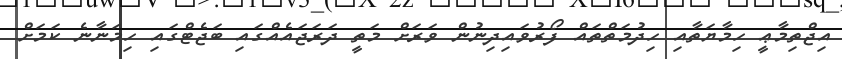
އިޖްތިމާޢީ ހިމާޔަތާއި ހިދުމަތްތައް ފޯރުވައިދިނުން ވަރަށް މަތީ ދަރަޖައެއްގައި ބަޖެޓްގައި ހިމަނާނެ ކަމަށް